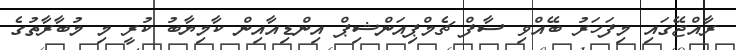
ރާއްޖޭގައި މިފަހަރު ބޭއްވި ސާފް ޗެމްޕިއަންޝިޕް އިންޑިއާއިން ކާމިޔާބު ކުރީ މި މުބާރާތުގެ